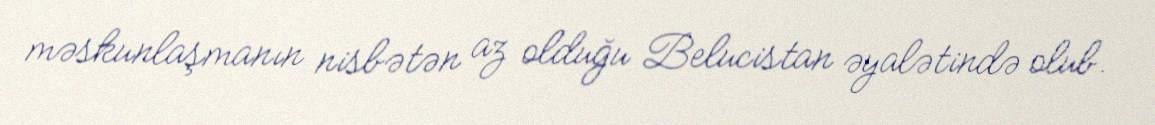
məskunlaşmanın nisbətən az olduğu Belucistan əyalətində olub.